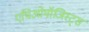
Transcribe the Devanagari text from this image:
एथिओमॉजिस्ट्स